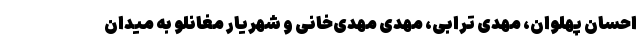
احسان پهلوان، مهدی ترابی، مهدی مهدی‌خانی و شهریار مغانلو به میدان